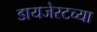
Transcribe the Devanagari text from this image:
डायजेस्टच्या